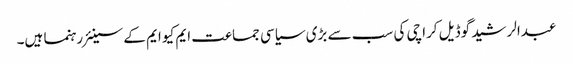
عبدالرشید گوڈیل کراچی کی سب سے بڑی سیاسی جماعت ایم کیو ایم کے سینئر رہنما ہیں۔